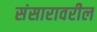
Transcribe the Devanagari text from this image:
संसारावरील